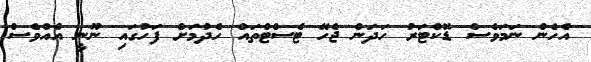
އެހެން ނަމަވެސް ޑޮކްޓަރު ހަދަން ޖެހޭ ޓެސްޓްތައް ހެދުމަށް ފަހުގައި ނޫނީ އެއްވެސް